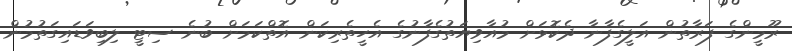
ރޫމީންގެ ފަރާތުން އަލީގެފާނާ ދެކޮޅަށް މުއާވިޔަތުގެފާނުގެ އެހީތެރިކަން އޮތްކަމަށް ބުނެ ސިޓީ ލިބިވަޑައިގަތުމުން